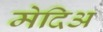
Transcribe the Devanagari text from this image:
मेदिअ